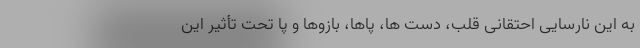
به این نارسایی احتقانی قلب، دست ها، پاها، بازوها و پا تحت تأثیر این